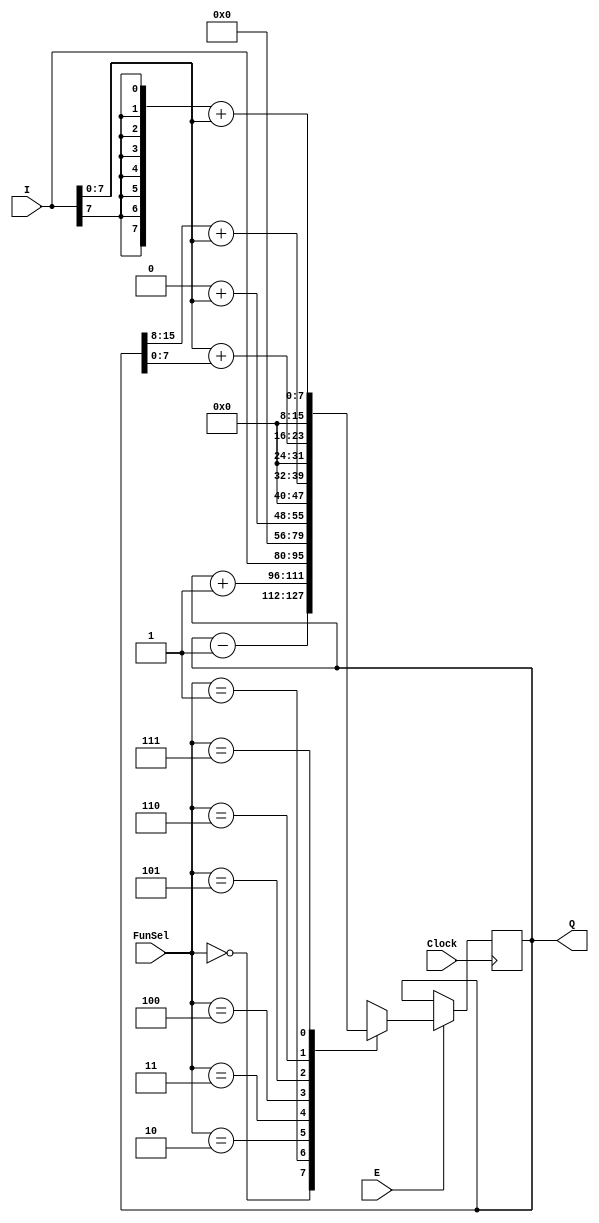
`timescale 1ns / 1ps

module Register(
  input Clock,
  input E,
  input [15:0] I,
  input [2:0] FunSel,
  output reg [15:0] Q
);

    initial begin
          Q = 16'h0000;
    end
    always @(posedge Clock) begin
      if (E) begin
        case (FunSel)
          3'b000: Q <= Q - 1'b1; // Q = Q-1: Decrement
          3'b001: Q <= Q + 1'b1; // Q = Q+1: Increment
          3'b010: Q <= I;        // Q = I: Load
          3'b011: Q <= 16'h0000;   // Clear
          3'b100: Q <= {8'b0000_0000 + I[7:0]}; // Q (15-8) ? Clear, Q (7-0) ? I (7-0) (Write Low)
          3'b101: Q <= {Q[15:8] + I[7:0]}; // Q (7-0) ? I (7-0) (Only Write Low)
          3'b110: Q <= {I[7:0] + Q[7:0]}; // Q (15-8) ? I (7-0) (Only Write High)
          3'b111: Q <= {{8{I[7]}} + I[7:0]}; // Q (15-8) ? Sign Extend (I (7)), Q (7-0) ? I (7-0) (Write Low)
          default: Q <= Q; // Default to no operation
        endcase
      end else begin
        Q = Q; // No operation
      end
    end

endmodule